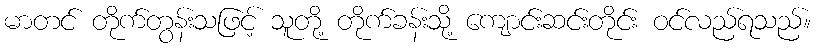
မာတင် တိုက်တွန်းသဖြင့် သူတို့ တိုက်ခန်းသို့ ကျောင်းဆင်းတိုင်း ဝင်လည်ရသည်။